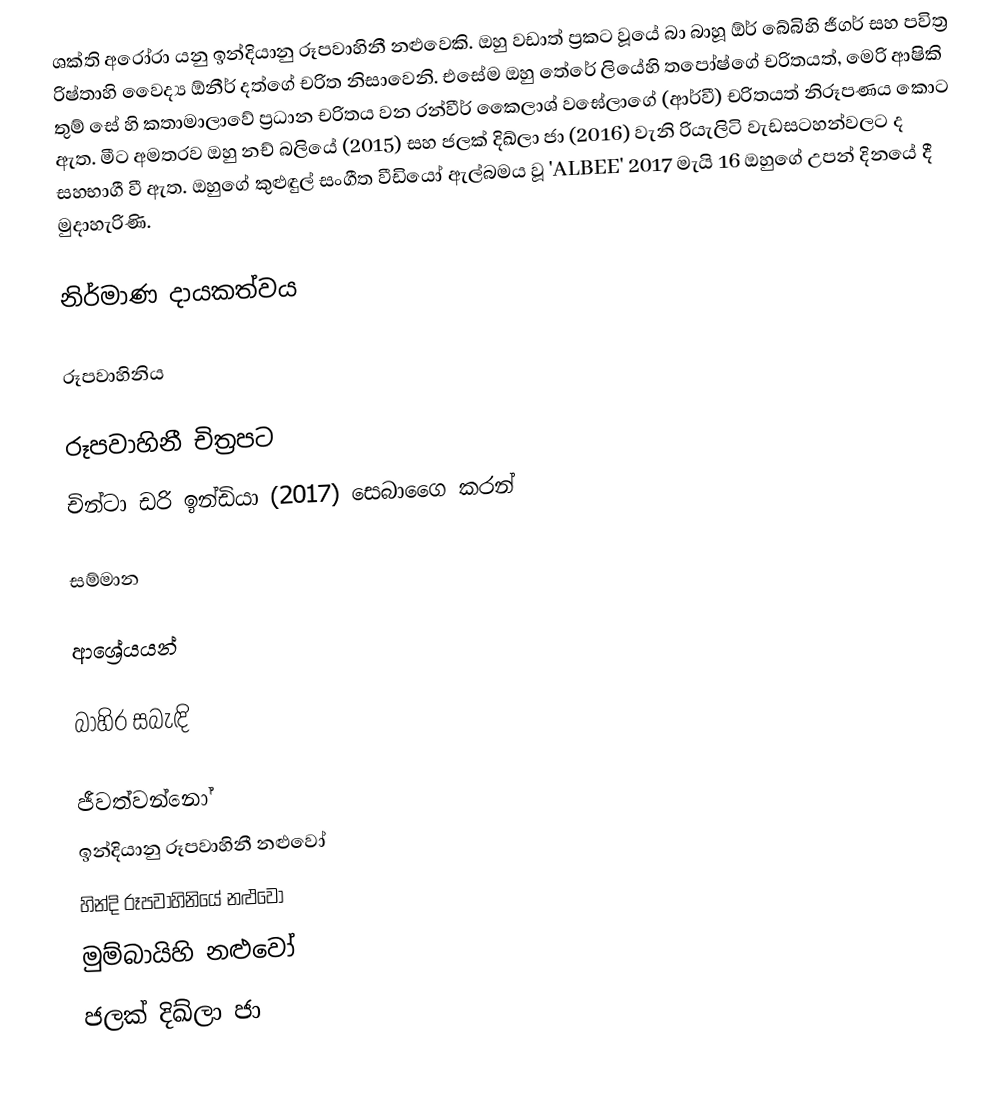
ශක්ති අරෝරා යනු ඉන්දියානු රූපවාහිනී නළුවෙකි. ඔහු වඩාත් ප්‍රකට වූයේ බා බාහූ ඕර් බේබිහි ජීගර් සහ පවිත්‍ර රිෂ්තාහි වෛද්‍ය ඕනීර් දත්ගේ චරිත නිසාවෙනි. එසේම ඔහු තේරේ ලියේහි තපෝෂ්ගේ චරිතයත්, මෙරි ආෂිකි තුම් සේ හි කතාමාලාවේ ප්‍රධාන චරිතය වන රන්වීර් කෛලාශ් වඝේලාගේ (ආර්වී) චරිතයත් නිරූපණය කොට ඇත. මීට අමතරව ඔහු නච් බලියේ (2015) සහ ජලක් දිඛ්ලා ජා (2016) වැනි රියැලිටි වැඩසටහන්වලට ද සහභාගී වී ඇත. ඔහුගේ කුළුඳුල් සංගීත වීඩියෝ ඇල්බමය වූ 'ALBEE' 2017 මැයි 16 ඔහුගේ උපන් දිනයේ දී මුදාහැරිණි.

නිර්මාණ දායකත්වය

රූපවාහිනිය

රූපවාහිනී චිත්‍රපට
 චින්ටා ඩරි ඉන්ඩියා (2017) සෙබාගෛ කරන්

සම්මාන

ආශ්‍රේයයන්

බාහිර සබැඳි

ජීවත්වන්නෝ
ඉන්දියානු රූපවාහිනී නළුවෝ
හින්දි රූපවාහිනියේ නළුවෝ
මුම්බායිහි නළුවෝ
ජලක් දිඛ්ලා ජා